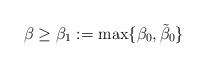
LaTeX: \begin{align*} \beta \geq \beta_1 := \max\{\beta_0 , \tilde\beta_0\}\end{align*}